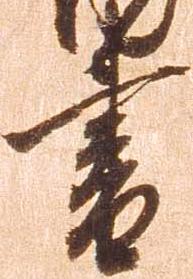
書